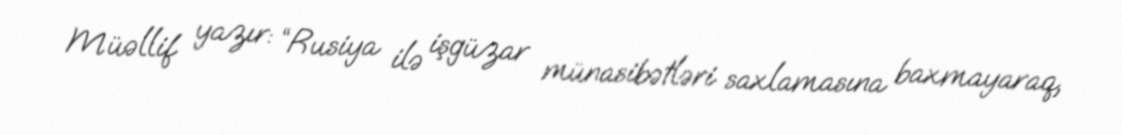
Müəllif yazır: “Rusiya ilə işgüzar münasibətləri saxlamasına baxmayaraq,